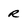
Character: R